Indian journal of veterinary science and animal husbandry - Volumes 28-29, 1958-1959
Year: 1958
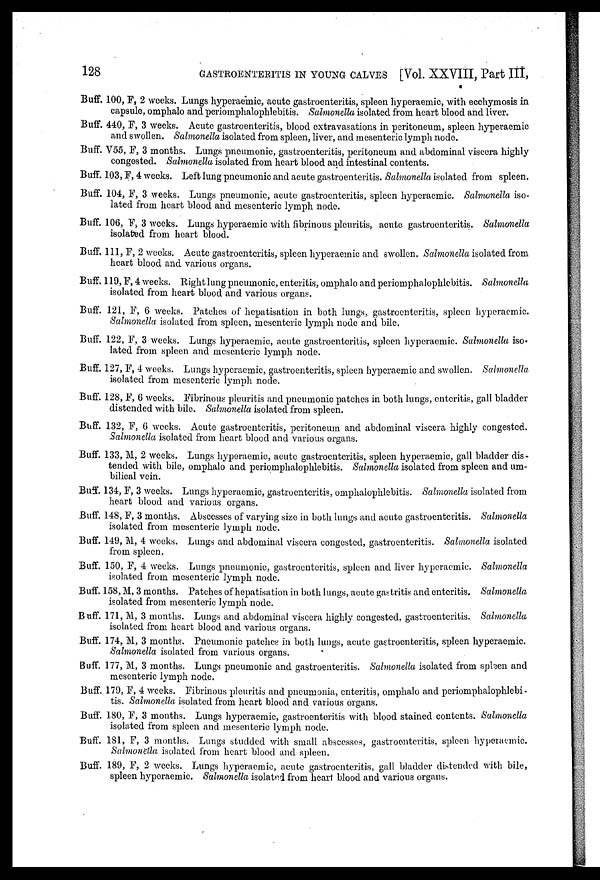
128
GASTROENTERITIS IN YOUNG CALVES [Vol. XXVIII, Part III,
Buff. 100, F, 2 weeks. Lungs hyperaemic, acute gastroenteritis, spleen hyperaemic, with ecchymosis in
capsule, omphalo and perioniphalophlebitis. Salmonella isolated from heart blood and liver.
Buff. 440, F, 3 weeks. Acute gastroenteritis, blood extravasations in peritoneum, spleen hyperaemic
and swollen. Salmonella isolated from spleen, liver, and mesenteric lymph node.
Buff. V55, F, 3 months. Lungs pneumonic, gastroenteritis, peritoneum and abdominal viscera highly
congested. Salmonella isolated from heart blood and intestinal contents.
Buff. 103, F, 4 weeks. Left lung pneumonic and acute gastroenteritis. Salmonella isolated from spleen.
Buff. 104, F, 3 weeks. Lungs pneumonic, acute gastroenteritis, spleen hyperaemic. Salmonella iso-
lated from heart blood and mesenteric lymph node.
Buff. 106, F, 3 weeks. Lungs hyperaemic with fibrinous pleuritis, acute gastroenteritis. Salmonella
isolated from heart blood.
Buff, 111, F, 2 weeks. Acute gastroenteritis, spleen hyperaemic and swollen. Salmonella isolated from
heart blood and various organs.
Buff. 119, F, 4 weeks. Right lung pneumonic, enteritis, omphalo and periomphalophlebitis. Salmonella
isolated from heart blood and various organs.
Buff. 121, F, 6 weeks. Patches of hepatisation in both lungs, gastroenteritis, spleen hyperaemic.
Salmonella isolated from spleen, mesenteric lymph node and bile.
Buff. 122, F, 3 weeks. Lungs hyperaemic, acute gastroenteritis, spleen hyperaemic. Salmonella iso-
lated from spleen and mesenteric lymph node.
Buff. 127, F, 4 weeks. Lungs hyperaemic, gastroenteritis, spleen hyperaemic and swollen. Salmonella
isolated from mesenteric lymph node.
Buff. 128, F, 6 weeks. Fibrinous pleuritis and pneumonic patches in both lungs, enteritis, gall bladder
distended with bile. Salmonella isolated from spleen.
Buff. 132, F, 6 weeks. Acute gastroenteritis, peritoneum and abdominal viscera highly congested.
Salmonella isolated from heart blood and various organs.
Buff. 133, M, 2 weeks. Lungs hyperaemic, acute gastroenteritis, spleen hyperaemic, gall bladder dis-
tended with bile, omphalo and perioniphalophlebitis. Salmonella isolated from spleen and um-
bilical vein.
Buff. 134, F, 3 weeks. Lungs hyperaemic, gastroenteritis, omphalophlebitis. Salmonella isolated from
heart blood and various organs.
Buff. 148, F, 3 months. Abscesses of varying size in both lungs and acute gastroenteritis. Salmonella
isolated from mesenteric lymph node.
Buff. 149, M, 4 weeks. Lungs and abdominal viscera congested, gastroenteritis. Salmonella isolated
from spleen.
Buff. 150, F, 4 weeks. Lungs pneumonic, gastroenteritis, spleen and liver hyperaemic. Salmonella
isolated from mesenteric lymph node.
Buff. 158, M, 3 months. Patches of hepatisation in both lungs, acute gastritis and enteritis. Salmonella
isolated from mesenteric lymph node.
Buff. 171, M, 3 months. Lungs and abdominal viscera highly congested, gastroenteritis. Salmonella
isolated from heart blood and various organs.
Buff. 174, M, 3 months. Pneumonic patches in both lungs, acute gastroenteritis, spleen hyperaemic.
Salmonella isolated from various organs.
Buff. 177, M, 3 months. Lungs pneumonic and gastroenteritis. Salmonella isolated from spleen and
mesenteric lymph node.
Buff. 179, F, 4 weeks. Fibrinous pleuritis and pneumonia, enteritis, omphalo and periomphalophlebi-
tis. Salmonella isolated from heart blood and various organs.
Buff. 180, F, 3 months. Lungs hyperaemic, gastroenteritis with blood stained contents. Salmonella
isolated from spleen and mesenteric lymph node.
Buff. 181, F, 3 months. Lungs studded with small abscesses, gastroenteritis, spleen hyperaemic.
Salmonella isolated from heart blood and spleen.
Buff. 189, F, 2 weeks. Lungs hyperaemic, acute gastroenteritis, gall bladder distended with bile,
spleen hyperaemic. Salmonella isolated from heart blood and various organs.